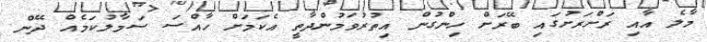
މާލެ އާއި ރަށްރަށުގައި ބޭރަށް ހިންގުން އިތުރުވަމުންދާތީ އެކަމަށް ހާއްސަ ސަމާލުކަމެއް ދޭން